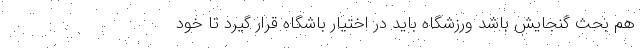
هم بحث گنجایش باشد ورزشگاه باید در اختیار باشگاه قرار گیرد تا خود